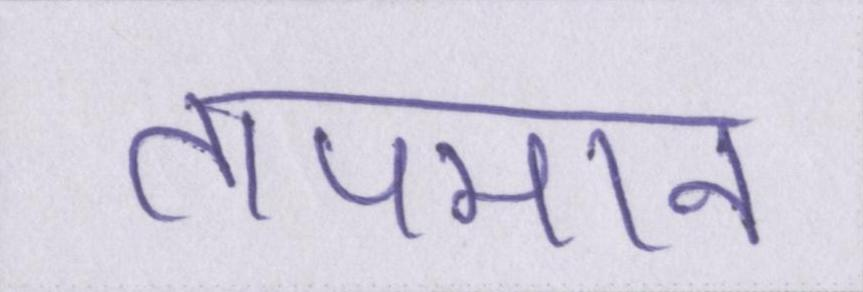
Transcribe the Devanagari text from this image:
तापमान